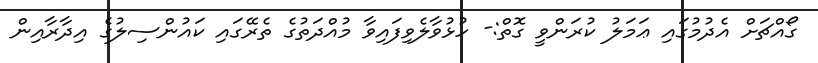
ގޯއްޗަށް އެދުމުގައި ޢަމަލު ކުރަންވީ ގޮތް:- ހުޅުވާލެވިފައިވާ މުއްދަތުގެ ތެރޭގައި ކައުންސިލުގެ އިދާރާއިން